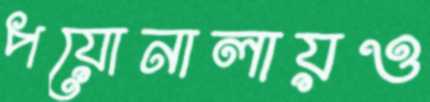
পয়োনালায়ও